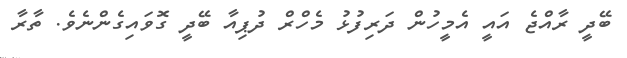
ބޭދީ ރާއްޖެ އައީ އެމީހުން ދަރިފުޅު މެހްރް ދުޕިއާ ބޭދީ ގޮވައިގެންނެވެ. ތާރާ